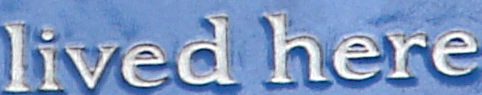
lived here